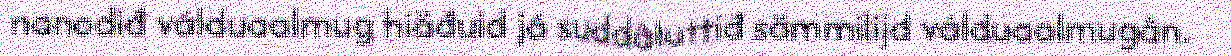
nanodiđ válduaalmug hiäđuid já suddâluttiđ sämmilijd válduaalmugân.